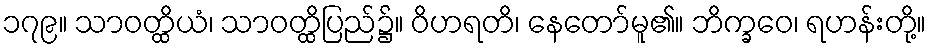
၁၇၉။ သာဝတ္ထိယံ၊ သာဝတ္ထိပြည်၌။ ဝိဟရတိ၊ နေတော်မူ၏။ ဘိက္ခဝေ၊ ရဟန်းတို့။